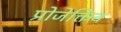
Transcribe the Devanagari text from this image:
प्रोजेक्तिव